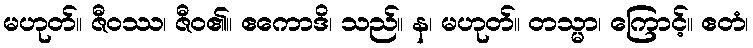
မဟုတ်။ ဇီဝဿ၊ ဇီဝ၏။ ဧကောဒိ၊ သည်။ န၊ မဟုတ်။ တသ္မာ၊ ကြောင့်။ ဧတံ၊